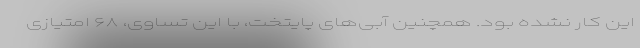
این کار نشده بود. همچنین آبی‌های پایتخت، با این تساوی، ۶۸ امتیازی